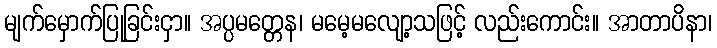
မျက်မှောက်ပြုခြင်းငှာ။ အပ္ပမတ္တေန၊ မမေ့မလျော့သဖြင့် လည်းကောင်း။ အာတာပိနာ၊